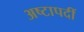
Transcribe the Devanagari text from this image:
अष्टापदीं